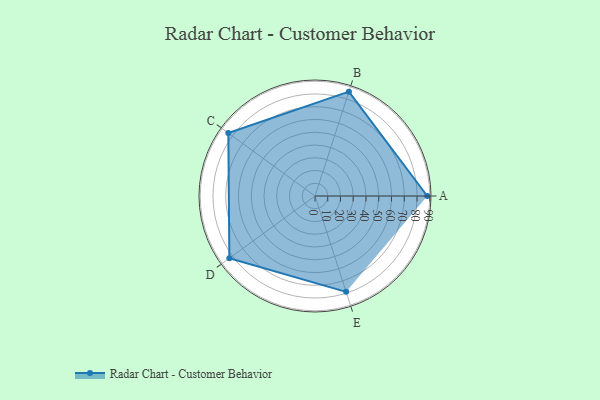
{"axis": {"x": "Skill", "y": "Score"}, "legend": ["Profile"], "data": [{"x": "A", "y": 88.0, "type": "Profile"}, {"x": "B", "y": 86.0, "type": "Profile"}, {"x": "C", "y": 84.0, "type": "Profile"}, {"x": "D", "y": 83.0, "type": "Profile"}, {"x": "E", "y": 79.0, "type": "Profile"}]}